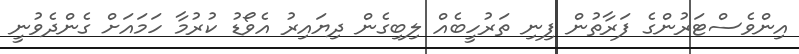
އިންވެސްޓަރުންގެ ފަރާތުން ފިނި ތަރުހީބެއް ލިބިގެން ދިޔައިރު އެވޯޑު ކުރުމާ ހަމައަށް ގެންދެވުނީ